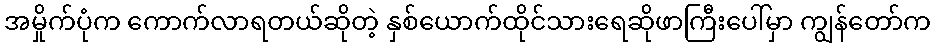
အမှိုက်ပုံက ကောက်လာရတယ်ဆိုတဲ့ နှစ်ယောက်ထိုင်သားရေဆိုဖာကြီးပေါ်မှာ ကျွန်တော်က